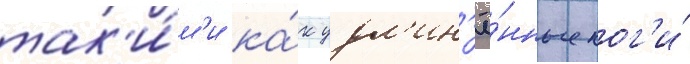
так'и́м'и ка́к удл'ин'ё́нные ног'и́